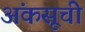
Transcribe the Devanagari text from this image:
अंकसूची